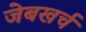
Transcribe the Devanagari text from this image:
जेबखर्च